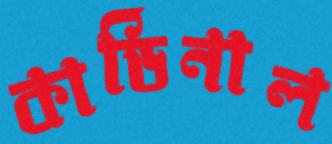
কার্ডিনাল